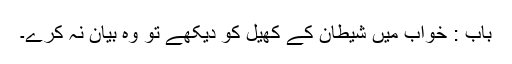
باب : خواب میں شیطان کے کھیل کو دیکھے تو وہ بیان نہ کرے۔